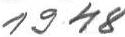
1948